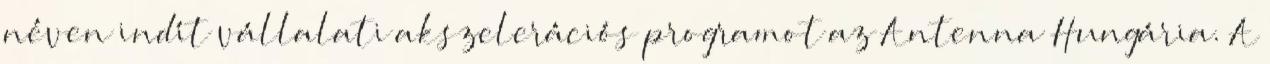
néven indít vállalati akszelerációs programot az Antenna Hungária. A